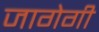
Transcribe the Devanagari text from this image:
जागेगी